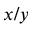
x / y